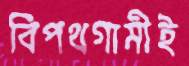
বিপথগামীই